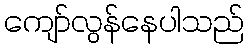
ကျော်လွန်နေပါသည်